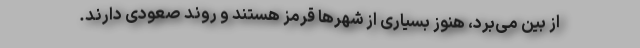
از بین می‌برد، هنوز بسیاری از شهرها قرمز هستند و روند صعودی دارند.